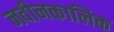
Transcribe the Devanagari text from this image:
नवीनकालिक